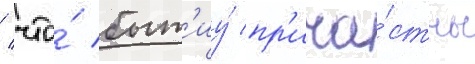
/ что́ быт'иу́ пр'ича́стны